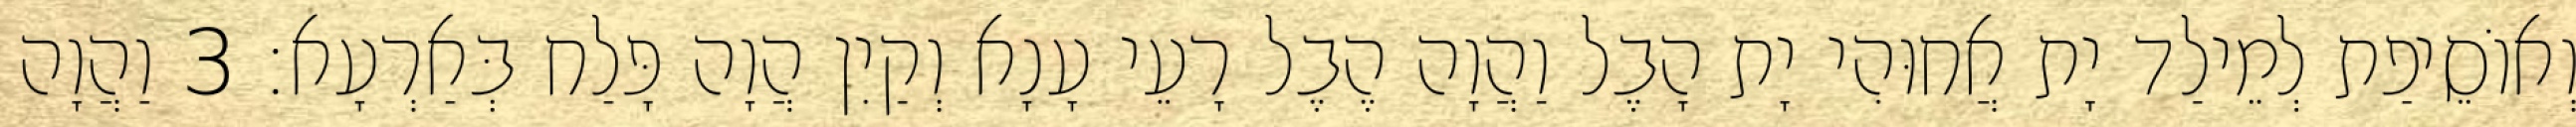
וְאוֹסֵיפַת לְמֵילַד יָת אֲחוּהִי יָת הָבֶל וַהֲוָה הֶבֶל רָעֵי עָנָא וְקַיִן הֲוָה פָּלַח בְּאַרְעָא׃ 3 וַהֲוָה